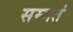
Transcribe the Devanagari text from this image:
सम्मतं